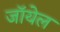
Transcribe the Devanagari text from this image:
जॉयेल